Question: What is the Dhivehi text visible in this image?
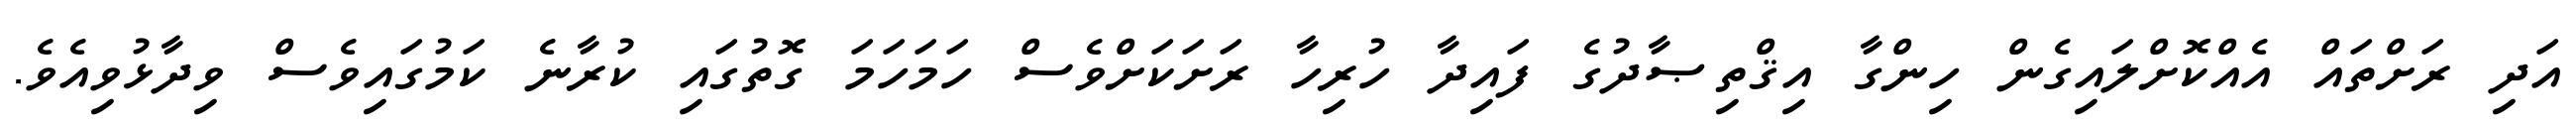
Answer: އަދި ރަށްތައް އެއްކޮށްލައިގެން ހިންގާ އިޤްތިޞާދުގެ ފައިދާ ހުރިހާ ރަށަކަށްވެސް ހަމަހަމަ ގޮތުގައި ކުރާނެ ކަމުގައިވެސް ވިދާޅުވިއެވެ.